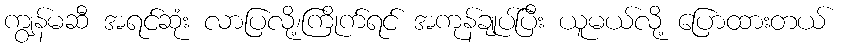
ကျွန်မဆီ အရင်ဆုံး လာပြလို့၊ကြိုက်ရင် အကုန်ချုပ်ပြီး ယူမယ်လို့ ပြောထားတယ်